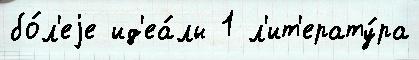
бо́л'еjе ид'еа́лы 1 л'ит'ерату́ра